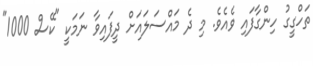
ތަހްގީގު ހިންގާފައި ވެއެވެ. މި ދެ މައްސަލައަށް ދީފައިވާ ނަމަކީ "ކޭސް 1000"